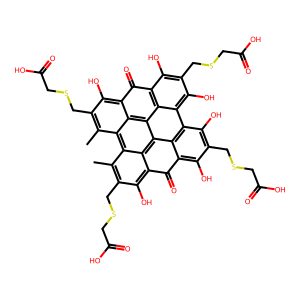
SMILES: Cc1c(CSCC(=O)O)c(O)c2c(=O)c3c(O)c(CSCC(=O)O)c(O)c4c5c(O)c(CSCC(=O)O)c(O)c6c(=O)c7c(O)c(CSCC(=O)O)c(C)c8c1c2c(c34)c(c78)c65
Inhibits HIV replication: No